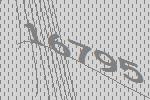
16795